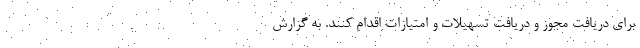
برای دریافت مجوز و دریافت تسهیلات و امتیازات اقدام کنند. به گزارش